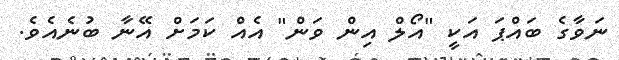
ނަވާގެ ބައްޕަ އަކީ "އޯލް އިން ވަން" އެއް ކަމަށް އޭނާ ބުނެއެވެ.